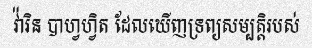
វ៉ារិន បាហ្វហ្វិត ដែលឃើញទ្រព្យសម្បត្តិរបស់